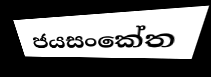
ජයසංකේත